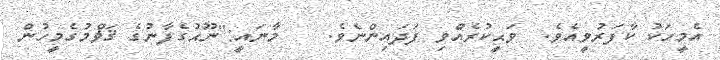
އެމީހަކު ކާފަރުވީއެވެ.  ވަޙީކުރެއްވި ފަދައިންނެވެ.    މާނައީ:"ނޫޙުގެފާނުގެ ޤަޥްމުގެމީހުން